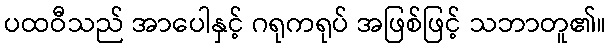
ပထဝီသည် အာပေါနှင့် ဂရုကရုပ် အဖြစ်ဖြင့် သဘာတူ၏။